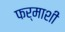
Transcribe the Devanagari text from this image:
फर्माशी